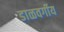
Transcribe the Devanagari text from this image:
डाळवर्गीय